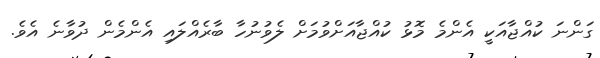
ގަންނަ ކުއްޖާއަކީ އެންމެ މޮޅު ކުއްޖާއަށްވުމަށް ލެވުނުހާ ބާރެއްލައި އެންމެން ދުވާނެ އެވެ.